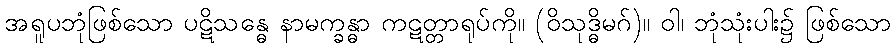
အရူပဘုံဖြစ်သော ပဋိသန္ဓေ နာမက္ခန္ဓာ ကဋတ္တာရုပ်ကို။ (ဝိသုဒ္ဓိမဂ်)။ ဝါ၊ ဘုံသုံးပါး၌ ဖြစ်သော